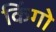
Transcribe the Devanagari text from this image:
किंगो